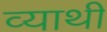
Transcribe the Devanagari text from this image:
व्याथी